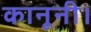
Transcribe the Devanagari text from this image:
कानूनी।